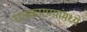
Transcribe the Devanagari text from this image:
राजकारण्यांमध्ये